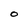
Character: O